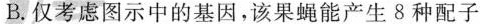
B.仅考虑图示中的基因，该果蝇能产生8种配子